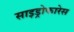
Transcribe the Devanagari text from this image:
साइड्रोफारेस